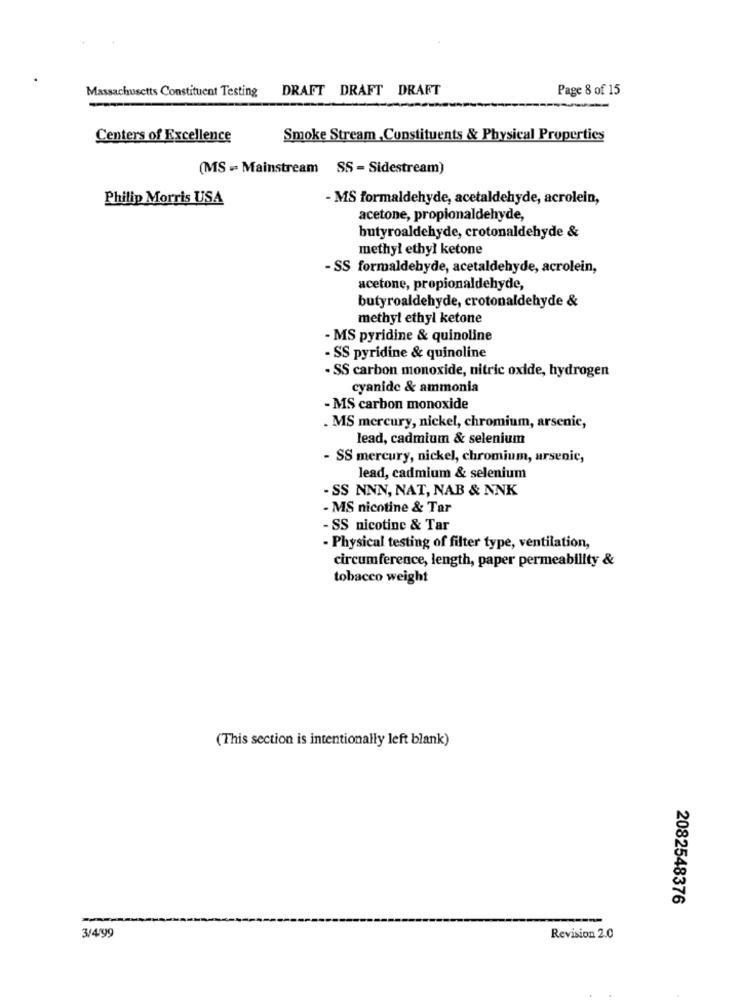
Massachusetts Constituent Testing
DRAFT DRAFT DRAFT
Page 8 of 15
Centers of Excellence
Smoke Stream Constituents & Physical Properties
(MS - Mainstream SS - Sidestream)
Philip Morris USA
- MS formaldehyde, acetaldehyde, acrolein,
acetone, propionaldehyde,
butyroaldehyde, crotonaldehyde &
methyl ethyl ketone
- SS formaldehyde, acetaldehyde, acrolein,
acetone, propionaldehyde,
butyroaldehyde, crotonaldehyde &
methyl ethyl ketone
- MS pyridine & quinoline
- SS pyridine & quinoline
- SS carbon monoxide, nitric oxide, hydrogen
cyanide & ammonia
- MS carbon monoxide
. MS mercury, nickel, chromium, arsenic,
lead, cadmium & selenium
- SS mercury, nickel, chromium, arsenic,
lead, cadmium & selenium
- SS NNN, NAT, NAB & NNK
- MS nicotine & Tar
- SS nicotine & Tar
- Physical testing of filter type, ventilation,
circumference, length, paper permeability &
tobacco weight
(This section is intentionally left blank)
2082548376
-
3/4'99
Revision 2.0